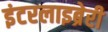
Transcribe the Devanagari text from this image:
इंटरलाइब्रेरी